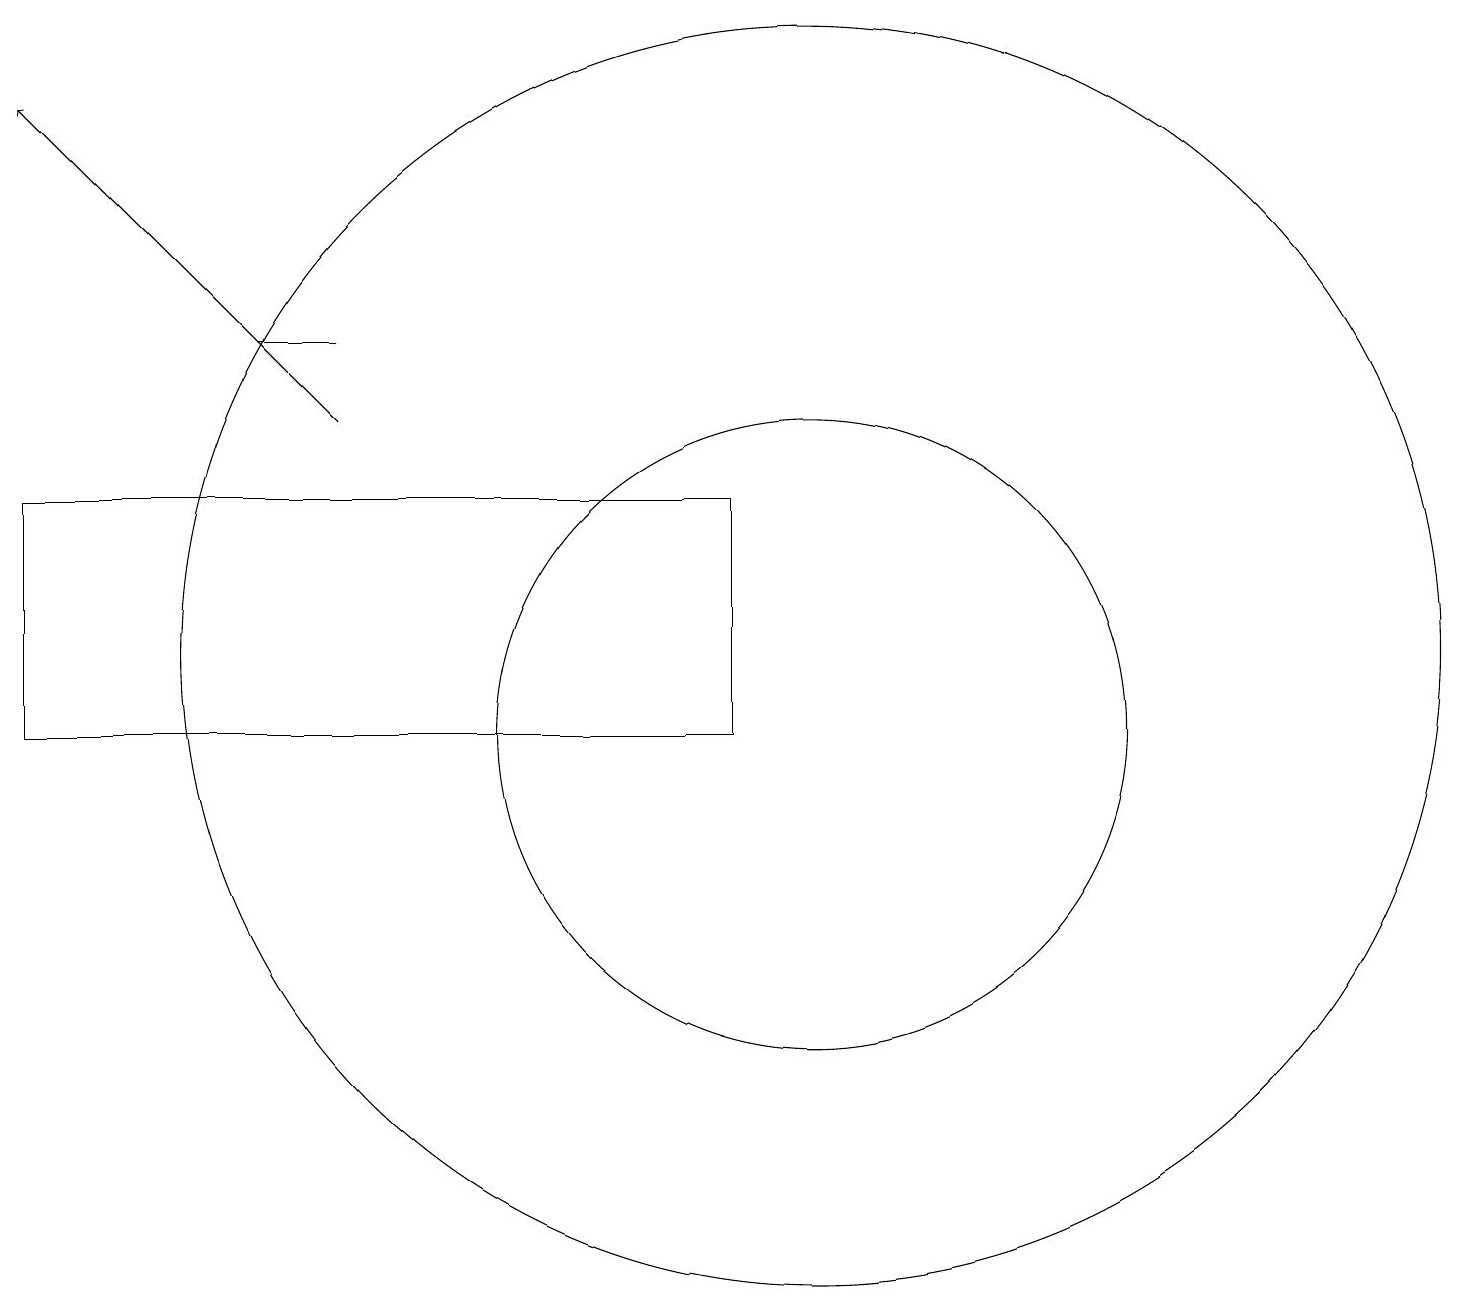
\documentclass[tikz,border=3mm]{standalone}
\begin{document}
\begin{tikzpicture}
\draw[->] (4,14) -- (0,18);
\draw (3,15) rectangle (4,15);
\draw (10,10) circle (4);
\draw (10,11) circle (8);
\draw (9,13) rectangle (0,10);
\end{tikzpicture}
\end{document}